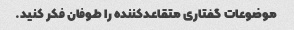
موضوعات گفتاری متقاعدکننده را طوفان فکر کنید.